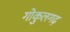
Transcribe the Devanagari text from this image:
गोकुलगढ़